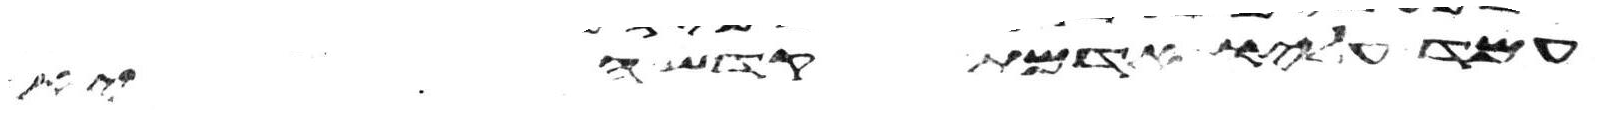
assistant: עמד עליו אדמת קדש היא